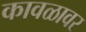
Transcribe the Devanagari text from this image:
कावळावर